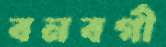
বনবর্গী